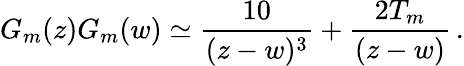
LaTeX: G_{m}(z)G_{m}(w)\simeq{\frac{10}{(z-w)^{3}}}+{\frac{2T_{m}}{(z-w)}}\, .